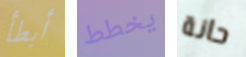
أبطأ يخطط حانة